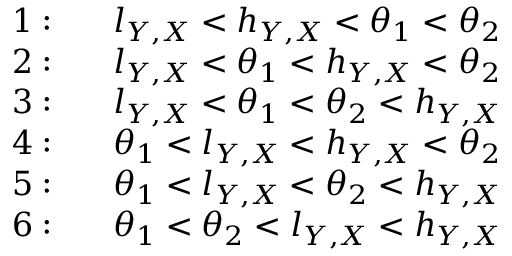
\begin{array} { r l } { 1 : } & { \; \; \; l _ { Y , X } < h _ { Y , X } < \theta _ { 1 } < \theta _ { 2 } } \\ { 2 : } & { \; \; \; l _ { Y , X } < \theta _ { 1 } < h _ { Y , X } < \theta _ { 2 } } \\ { 3 : } & { \; \; \; l _ { Y , X } < \theta _ { 1 } < \theta _ { 2 } < h _ { Y , X } } \\ { 4 : } & { \; \; \; \theta _ { 1 } < l _ { Y , X } < h _ { Y , X } < \theta _ { 2 } } \\ { 5 : } & { \; \; \; \theta _ { 1 } < l _ { Y , X } < \theta _ { 2 } < h _ { Y , X } } \\ { 6 : } & { \; \; \; \theta _ { 1 } < \theta _ { 2 } < l _ { Y , X } < h _ { Y , X } } \end{array}